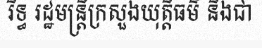
រិទ្ធ រដ្ឋមន្ត្រីក្រសួងយុត្តិធម៌ និងជា